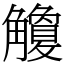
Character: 觼